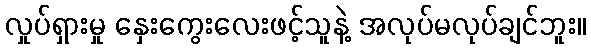
လှုပ်ရှားမှု နှေးကွေးလေးဖင့်သူနဲ့ အလုပ်မလုပ်ချင်ဘူး။